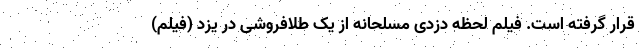
قرار گرفته است. فیلم لحظه دزدی مسلحانه از یک طلافروشی در یزد (فیلم)